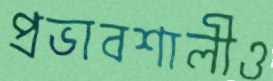
প্রভাবশালীও